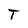
Character: T